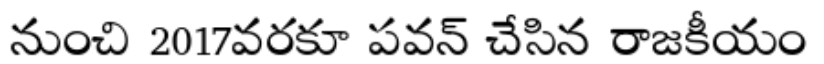
నుంచి 2017వరకూ పవన్ చేసిన రాజకీయం